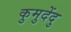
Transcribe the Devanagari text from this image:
कुमुदेंदु